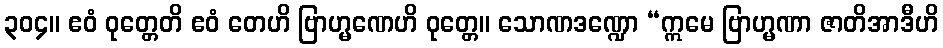
၃၀၄။ ဧဝံ ဝုတ္တေတိ ဧဝံ တေဟိ ဗြာဟ္မဏေဟိ ဝုတ္တေ။ သောဏဒဏ္ဍော “ဣမေ ဗြာဟ္မဏာ ဇာတိအာဒီဟိ